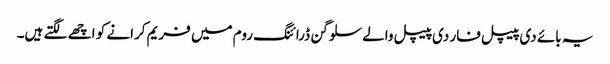
یہ بائے دی پیپل فار دی پیپل والے سلوگن ڈرائنگ روم میں فریم کرانے کو اچھے لگتے ہیں۔